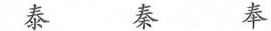
泰 秦 奉